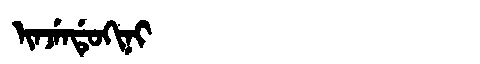
Manchu: ᡳᠨᠵᡝᠨᡩᡠᡴᡳᠨᡳ
Romanization: INJENDUKINI